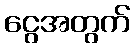
ငွေအတွက်